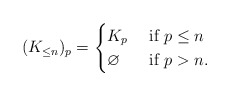
\begin{align*}(K_{\leq n})_p = \begin{cases}K_p & \hbox{ if }p\leq n\\\varnothing & \hbox{ if }p> n.\end{cases}\end{align*}